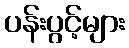
ပန်းပွင့်များ